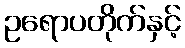
ဥရောပတိုက်နှင့်